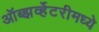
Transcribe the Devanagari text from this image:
ऑब्झर्व्हेटरीमध्ये